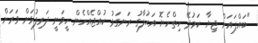
"ބައްޕައަށް ޖިޔާ ކަމުދޭ ހިތްހެޔޮ އަޙުލާގު ރަނގަޅު ކުއްޖެއްހެން ހީވަނީ ދަރިފުޅަށް ވަރަށް